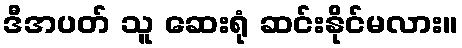
ဒီအပတ် သူ ဆေးရုံ ဆင်းနိုင်မလား။